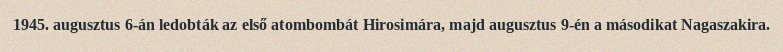
1945. augusztus 6-án ledobták az első atombombát Hirosimára, majd augusztus 9-én a másodikat Nagaszakira.